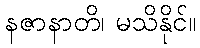
နဇာနာတိ၊ မသိနိုင်။